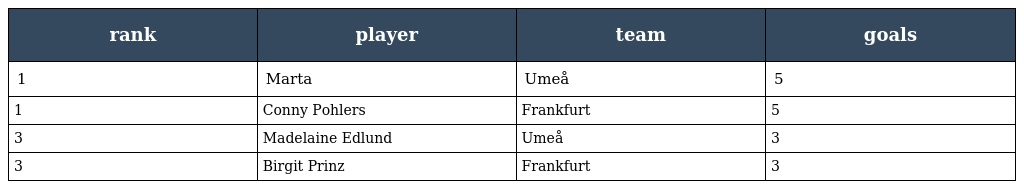
| rank | player | team | goals |
 | --- | --- | --- | --- |
 | 1 | Marta | Umeå | 5 |
 | 1 | Conny Pohlers | Frankfurt | 5 |
 | 3 | Madelaine Edlund | Umeå | 3 |
 | 3 | Birgit Prinz | Frankfurt | 3 |